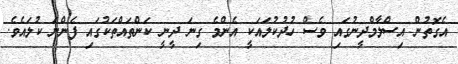
އެގޮތުން އިސްލާމްދީނުގައި ވެސް ހުދުކުލައަކީ އެންމެ ގިނަ ދީނީ ކަންތައްތަކުގައި ފެންނަ ކުލައެވެ.